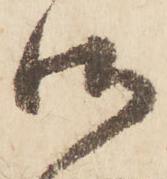
御